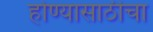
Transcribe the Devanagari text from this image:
होण्यासाठीचा